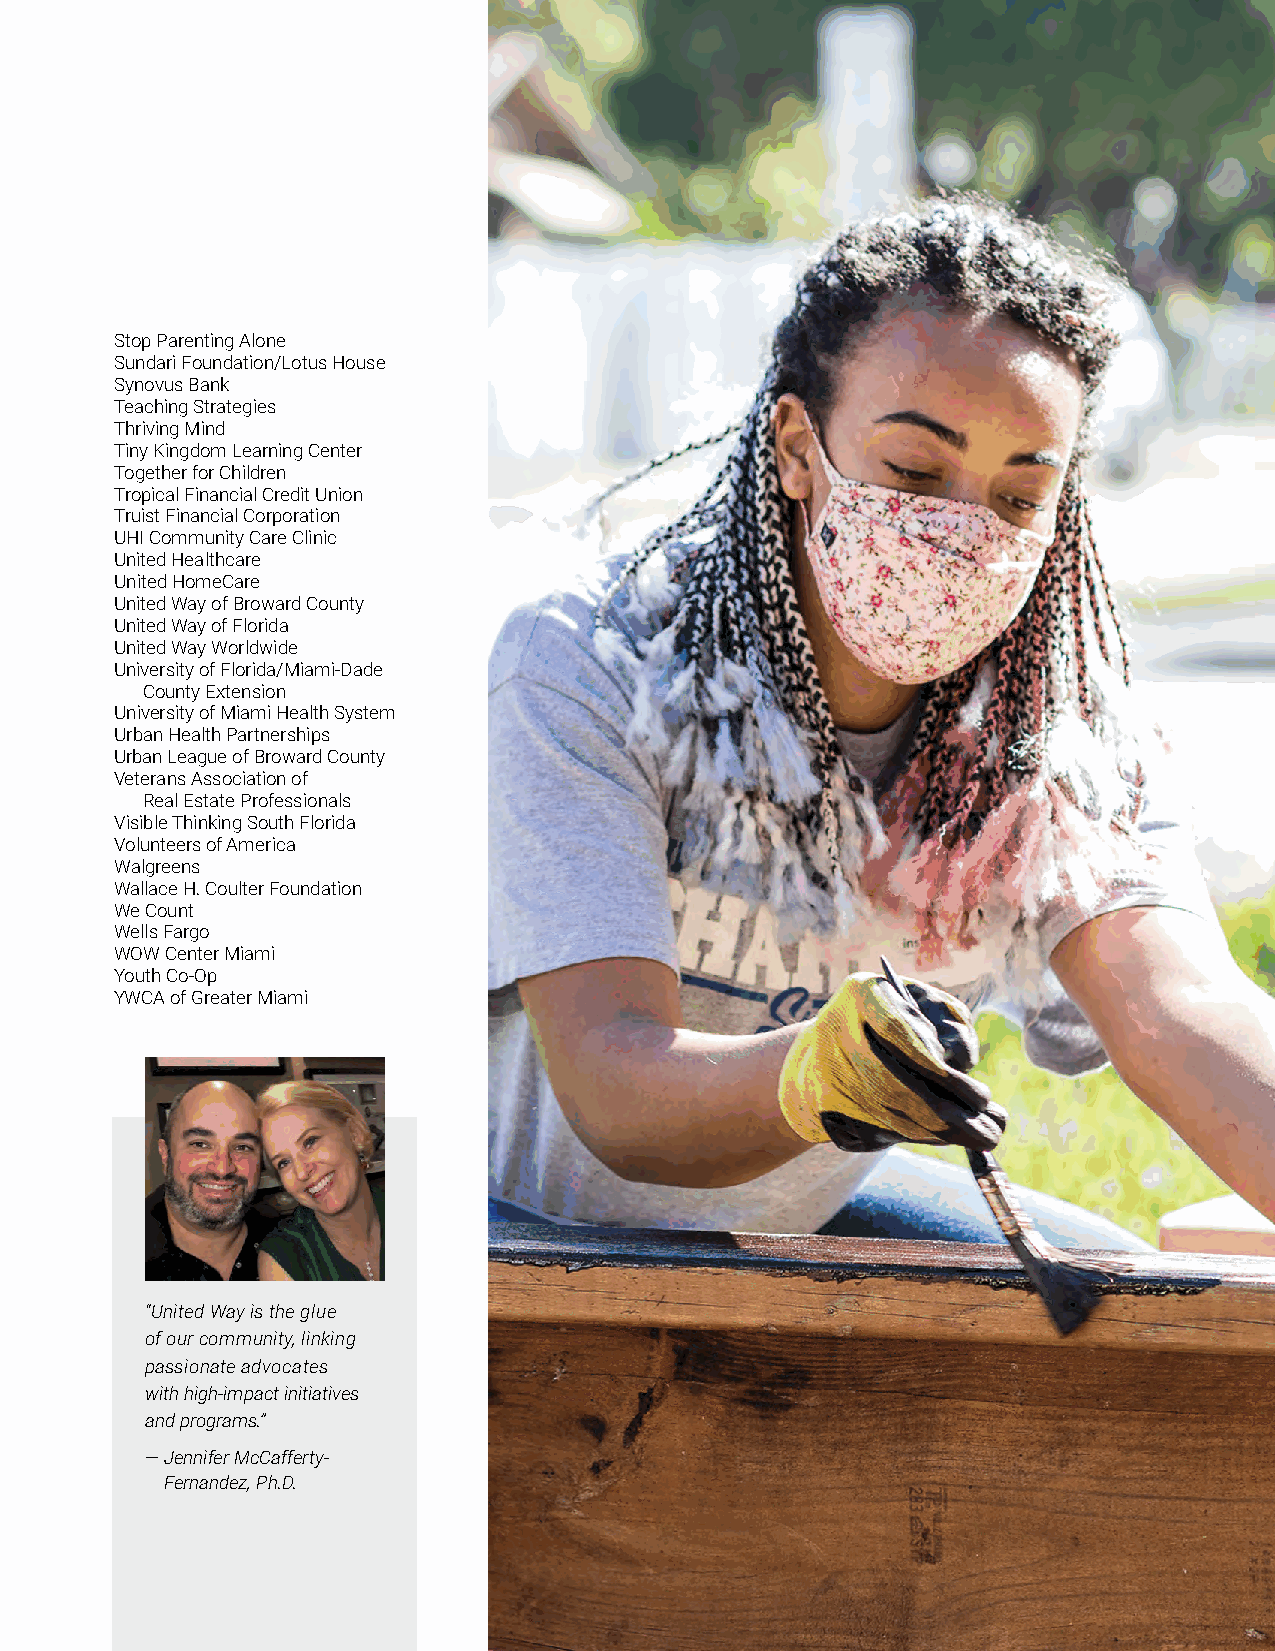
Stop Parenting Alone
 Sundari Foundation/Lotus House
 Synovus Bank
 Teaching Strategies
 Thriving Mind
 Tiny Kingdom Learning Center
 Together for Children
 Tropical Financial Credit Union
 Truist Financial Corporation
 UHI Community Care Clinic
 United Healthcare
 United HomeCare
 United Way of Broward County
 United Way of Florida
 United Way Worldwide
 University of Florida/Miami-Dade
 County Extension
 University of Miami Health System
 Urban Health Partnerships
 Urban League of Broward County
 Veterans Association of
 Real Estate Professionals
 Visible Thinking South Florida
 Volunteers of America
 Walgreens
 Wallace H. Coulter Foundation
 We Count
 Wells Fargo
 WOW Center Miami
 Youth Co-Op
 YWCA of Greater Miami
 “United Way is the glue
 of our community, linking
 passionate advocates
 with high-impact initiatives
 and programs.”
 — Jennifer McCafferty-
 Fernandez, Ph.D.
 Annual Report 2020-2021 I 31